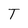
Character: T